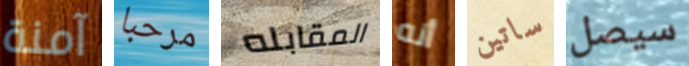
آمنة مرحبا المقابله أنه ساتين سيصل